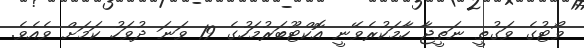
ވޯޓުގެ ވަގުތީ ނަތީޖާ ހާމަކުރެވޭނީ އޮކްޓޫބަރުމަހުގެ 19 ވަނަ ދުވަހު ކަމަށް ވެއެވެ.